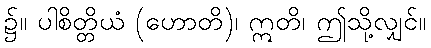
၌။ ပါစိတ္တိယံ (ဟောတိ)၊ ဣတိ၊ ဤသို့လျှင်။